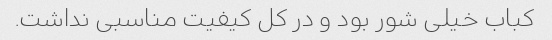
کباب خیلی شور بود و در کل کیفیت مناسبی نداشت.